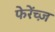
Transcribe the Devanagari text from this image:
फेरेंच्ज़